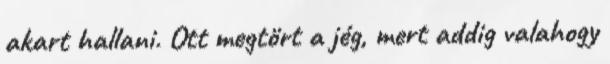
akart hallani. Ott megtört a jég, mert addig valahogy